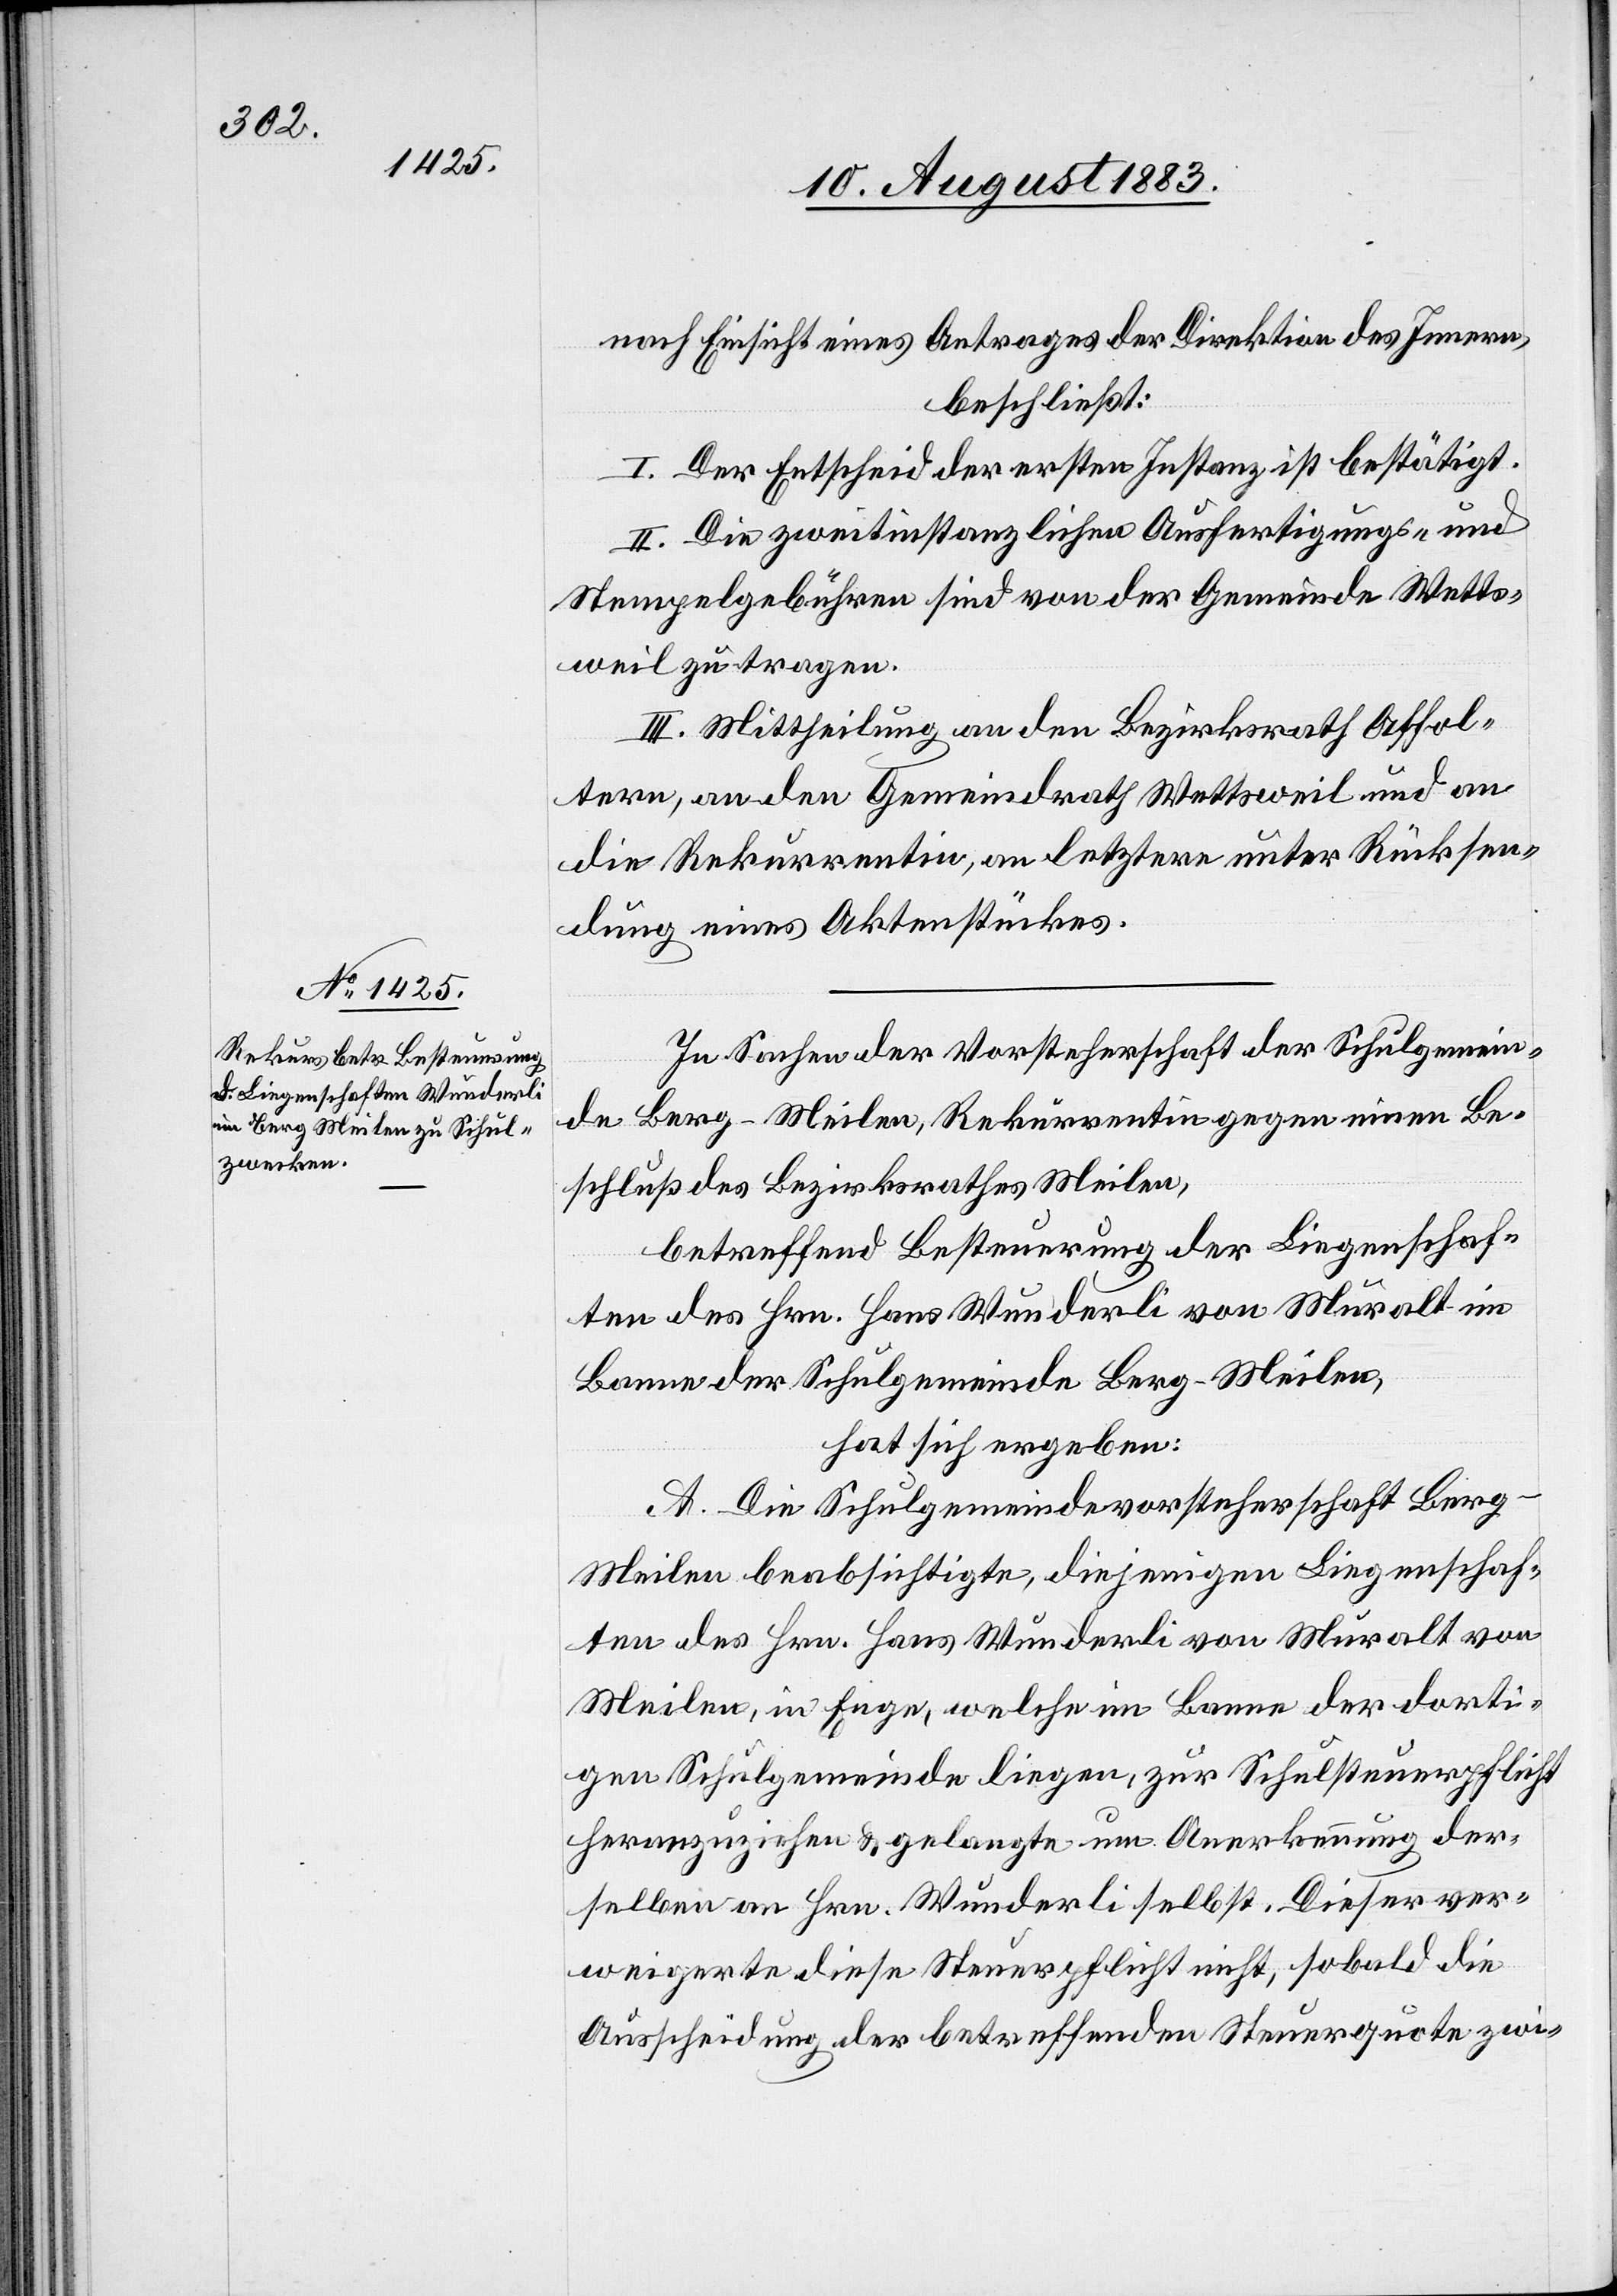
nach Einsicht eines Antrages der Direktion des Innern,
beschließt:
I. Der Entscheid der ersten Instanz ist bestätigt.
II. Die zweitinstanzlichen Ausfertigungs- und
Stempelgebühren sind von der Gemeinde Wetts¬
weil zu tragen.
III. Mittheilung an den Bezirksrath Affol¬
tern, an den Gemeindrath Wettsweil und an
die Rekurrentin, an letztere unter Rücksen¬
dung eines Aktenstückes.
In Sachen der Vorsteherschaft der Schulgemein¬
de Berg - Meilen, Rekurrentin gegen einen Be¬
schluß des Bezirksrathes Meilen,
betreffend Besteuerung der Liegenschaf¬
ten des Hrn. Hans Wunderli von Muralt im
Banne der Schulgemeinde Berg - Meilen,
hat sich ergeben:
A. Die Schulgemeindevorsteherschaft Berg
Meilen beabsichtigte, diejenigen Liegenschaf¬
ten des Hrn. Hans Wunderli von Muralt von
Meilen, in Enge, welche im Banne der dorti¬
gen Schulgemeinde liegen, zur Schulsteuerpflicht
heranzuziehen & gelangte um Anerkennung der¬
selben an Hrn. Wunderli selbst. Dieser ver¬
weigerte diese Steuerpflicht nicht, sobald die
Ausscheidung der betreffenden Steuerquote zwi-